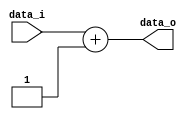
module ADDER(data_o, data_i);
	input 	[5:0]	data_i;
	output	[5:0] data_o;
	
	wire	[5:0] data_i;
	reg	[5:0] data_o;
	
	always @ (data_i) begin
		data_o = data_i + 6'd1;
	end
	// If "assign" is used, wire data type must be declared
	// If "always" is used, reg data type must be declared
	
endmodule